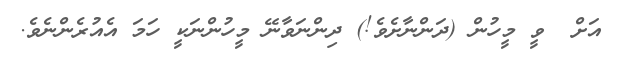
އަށް  ވީ މީހުން (ދަންނާށެވެ!) ދިންނަވާނޭ މީހުންނަކީ ހަމަ އެއުރެންނެވެ.